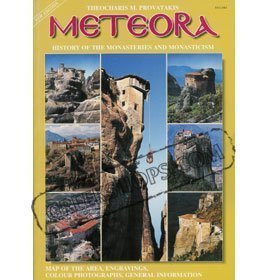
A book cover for Meteora: History of the Monasteries and Monasticism; M. Provatakis-Theocharis; Travel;